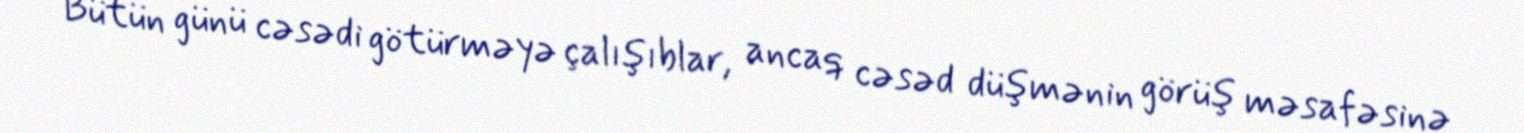
Bütün günü cəsədi götürməyə çalışıblar, ancaq cəsəd düşmənin görüş məsafəsinə